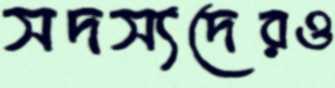
সদস্যদেরও